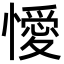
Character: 懓